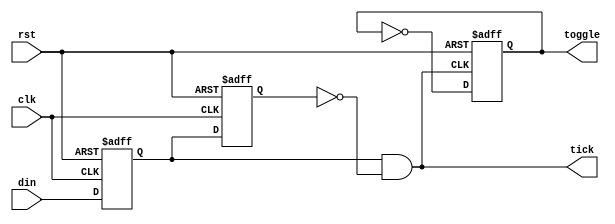
`timescale 1ns / 1ps


module debounce(
    input clk,
    input rst,
    input din,
    output tick,
    output reg toggle
    );

reg d1, d2;
always @(posedge clk, posedge rst)
    if( rst ) begin
       d1 <= 'b0;
       d2 <= 'b0;
    end
    else begin
       d1 <= din;
       d2 <= d1;
    end

assign tick = d1 & ~ d2;
 
always @ (posedge rst, posedge tick)
   if( rst )
       toggle <= 'b0;
   else if ( tick )
       toggle <= ~ toggle;

endmodule